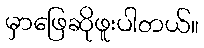
မှာဖြေဆိုဖူးပါတယ်။